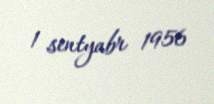
1 sentyabr 1956